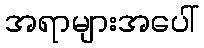
အရာများအပေါ်